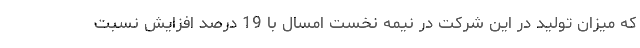
که میزان تولید در این شرکت در نیمه نخست امسال با 19 درصد افزایش نسبت